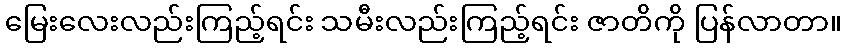
မြေးလေးလည်းကြည့်ရင်း သမီးလည်းကြည့်ရင်း ဇာတိကို ပြန်လာတာ။